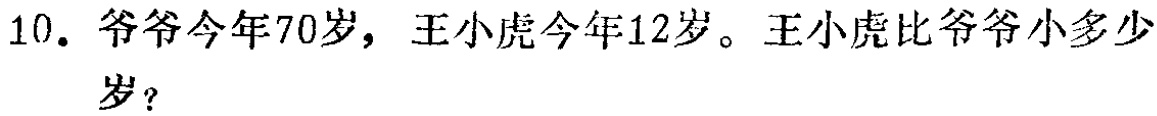
10. 爷爷今年70岁，王小虎今年12岁。王小虎比爷爷小多少岁？